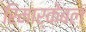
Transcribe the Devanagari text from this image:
रिमार्केबल